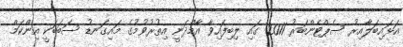
އަޅައިބަލާއިރު ސެޕްޓެންބަރު 2011 ގައި ލިބިފައިވާ އާމްދަނީ އިތުރުވުމުގެ މައިގަނޑު ސަބަބަކީ އިންކަމް